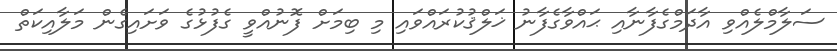
ސަލާމްލެއްވި އާދަމްގެފާނާއި ޙައްވާގެފާނު ޚަލްޤުކުރައްވައި މި ބިމަށް ފޮނުއްވީ ގެފުޅުގެ ވަށައިގެން މަލާއިކަތް